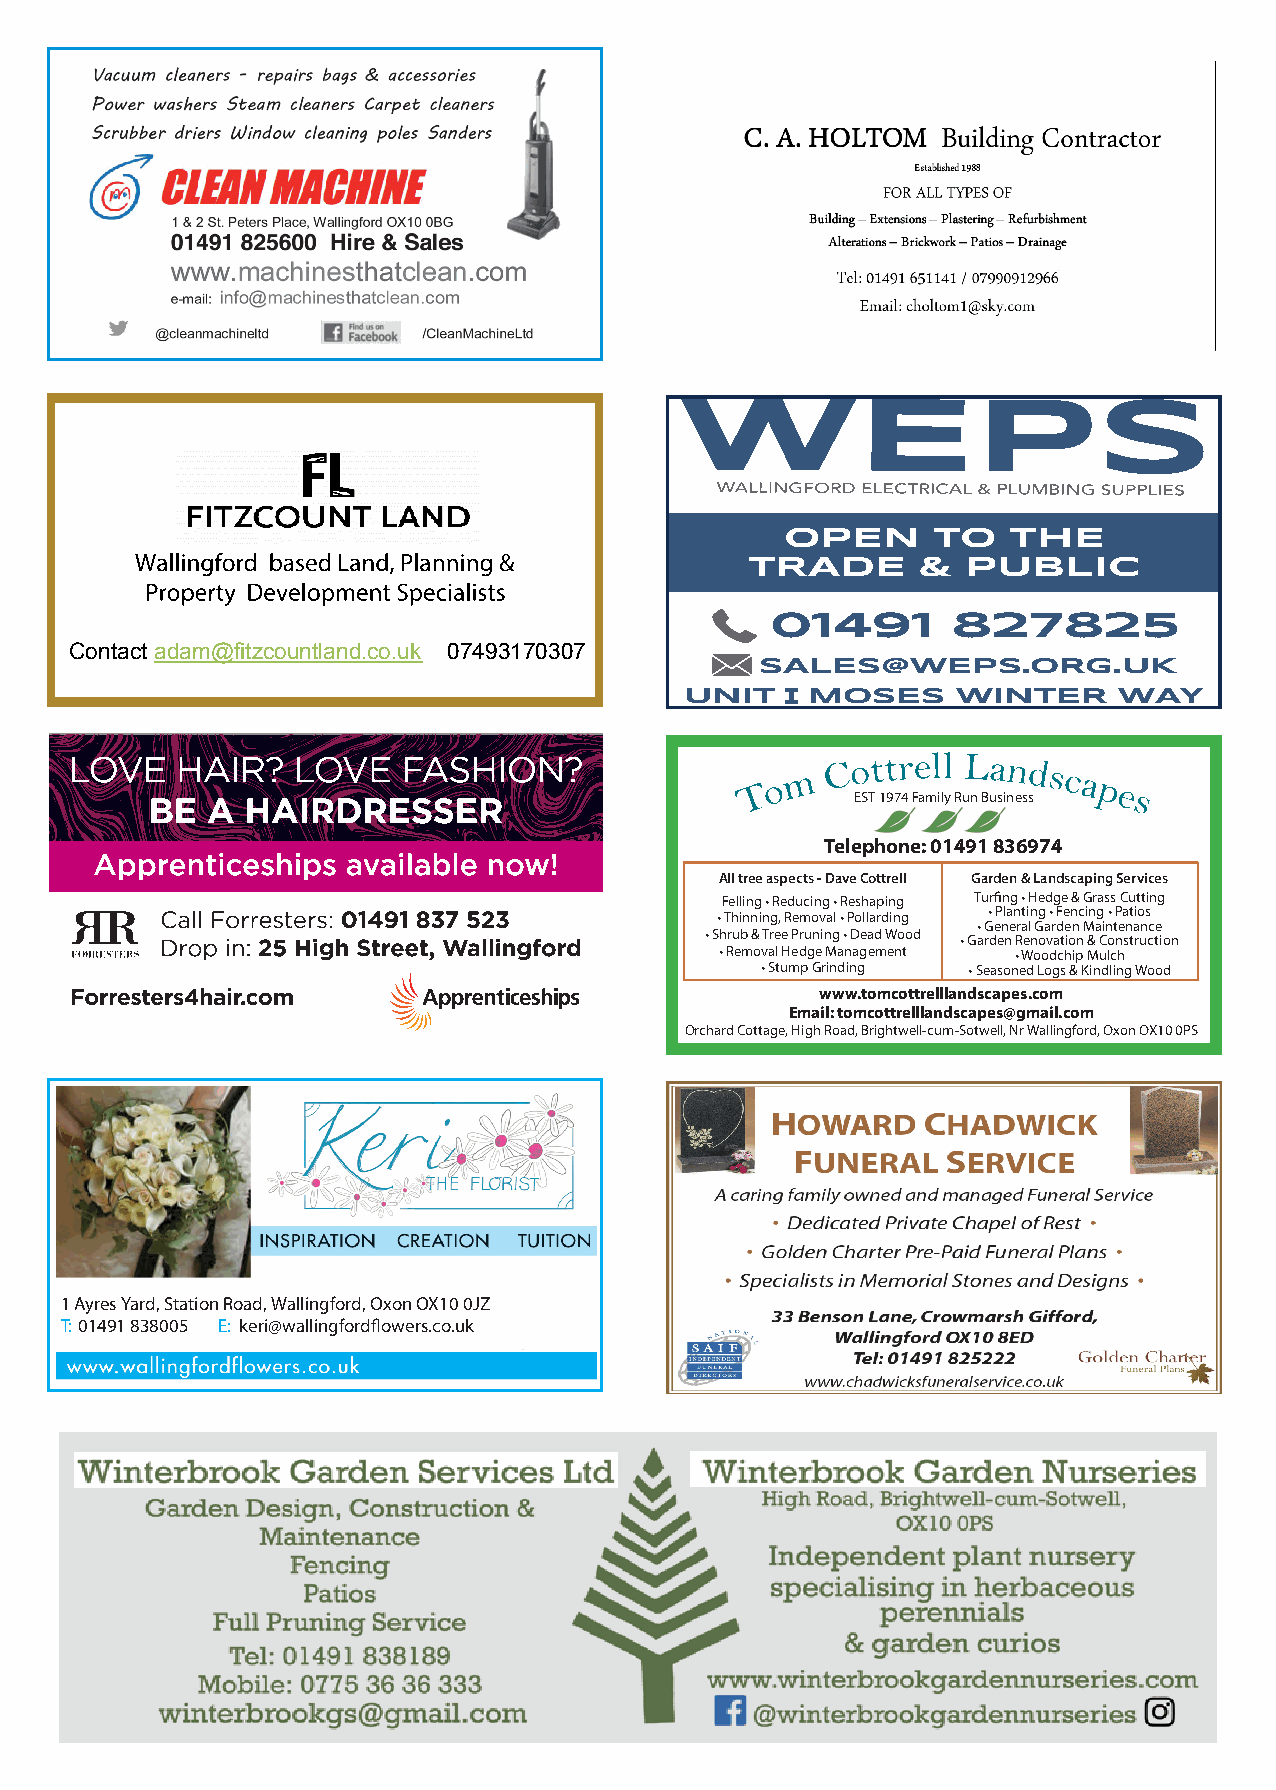
OPEN      TO   THE
 TRADE       &  PUBLIC
 01491       827825
 Contact adam@fitzcountland.co.uk 07493170307
 SALES@WEPS.ORG.UK
 UNIT   I MOSES    WINTER     WAY
 EST 1974 Family Run Business
 Telephone: 01491 836974
 All tree aspects - Dave Cottrell Garden & Landscaping Services
 Felling • Reducing • Reshaping Turfing • Hedge & Grass Cutting
 • Thinning, Removal • Pollarding • Planting • Fencing • Patios
 • General Garden Maintenance
 • Shrub & Tree Pruning • Dead Wood
 • Garden Renovation & Construction
 • Removal Hedge Management • Woodchip Mulch
 • Stump Grinding • Seasoned Logs & Kindling Wood
 www.tomcottrelllandscapes.com
 Email: tomcottrelllandscapes@gmail.com
 Orchard Cottage, High Road, Brightwell-cum-Sotwell, Nr Wallingford, Oxon OX10 0PS
 1 Ayres Yard, Station Road, Wallingford, Oxon OX10 0JZ
 T: 01491 838005 E: keri@wallingfordflowers.co.uk